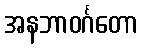
အနဘာဝင်္ဂတော